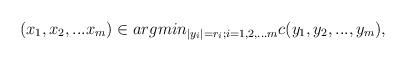
LaTeX: \begin{align*}(x_1,x_2,...x_m) \in argmin_{|y_i|=r_i; i=1,2,...m}c(y_1,y_2,...,y_m),\end{align*}